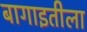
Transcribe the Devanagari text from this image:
बागाइतीला